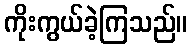
ကိုးကွယ်ခဲ့ကြသည်။